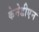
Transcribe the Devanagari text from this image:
केनेडीएन